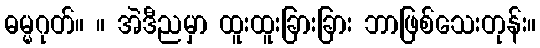
ဓမ္မဂုတ်။ ။ အဲဒီညမှာ ထူးထူးခြားခြား ဘာဖြစ်သေးတုန်း။